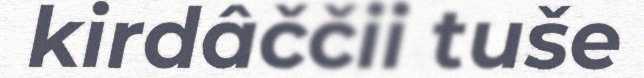
kirdâččii tuše